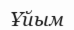
Ұйым